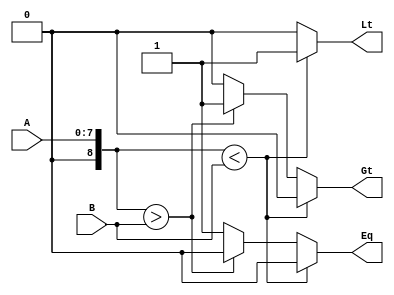
`timescale 1ns / 1ps
//////////////////////////////////////////////////////////////////////////////////
// Company: 
// Engineer: 
// 
// Design Name: 
// Module Name: COMP
// Project Name: 
// Target Devices: 
// Tool Versions: 
// Description: Determines if a > b, a < b, and a == b
// 
// Dependencies: 
// 
// Revision:
// Revision 0.01 - File Created
// Additional Comments:
// 
//////////////////////////////////////////////////////////////////////////////////


module COMP #(parameter DATAWIDTH = 8)(A, B, Gt, Eq, Lt);

    input [DATAWIDTH-1:0] A;
    input signed [DATAWIDTH-1:0] B;
    output reg Gt, Eq, Lt;
    
    always @(A, B) begin
        if($signed({1'b0, A}) < B) begin
            Gt <= 0;
            Eq <= 0;
            Lt <= 1;
        end
        else if($signed({1'b0, A}) > B) begin
            Gt <= 1;
            Eq <= 0;
            Lt <= 0;
        end
        else begin
            Gt <= 0;
            Eq <= 1;
            Lt <= 0;
        end
    end
endmodule